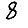
Digit: 8